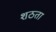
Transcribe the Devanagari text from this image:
शठता